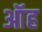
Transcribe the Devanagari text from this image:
ऑह